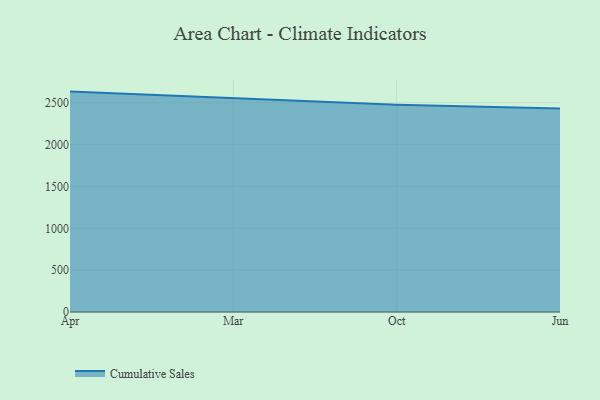
{"axis": {"x": "Month", "y": "Bounce Rate (%)"}, "legend": ["Cumulative Sales"], "data": [{"x": "Apr", "y": 2633.1, "type": "Cumulative Sales"}, {"x": "Mar", "y": 2558.2, "type": "Cumulative Sales"}, {"x": "Oct", "y": 2475.2, "type": "Cumulative Sales"}, {"x": "Jun", "y": 2429.9, "type": "Cumulative Sales"}]}